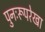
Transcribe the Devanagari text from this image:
पुनःरूपरेखा